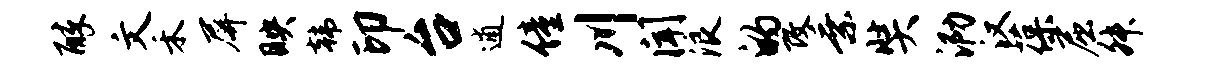
醉文禾屏映韩印台逋僮川闻浪的改乘奘泐汉葆屈舛